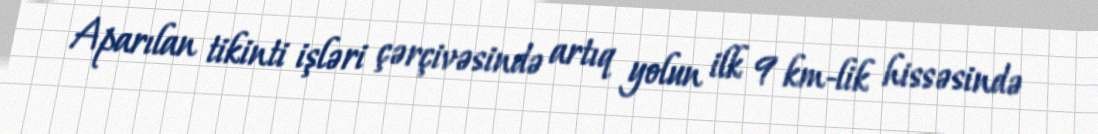
Aparılan tikinti işləri çərçivəsində artıq yolun ilk 9 km-lik hissəsində